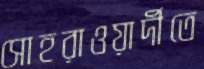
সোহরাওয়ার্দীতে